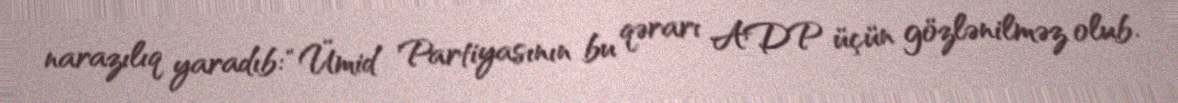
narazılıq yaradıb: “Ümid Partiyasının bu qərarı ADP üçün gözlənilməz olub.